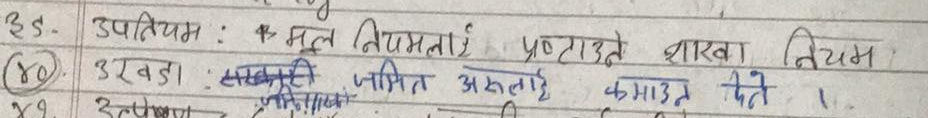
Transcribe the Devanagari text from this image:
३९. उपनियम : मूल नियमलाई प्रष्टाउने शाखा नियम
४०. उरखडा : सरकारी जमित अरुलाई कमाउन देते 1.